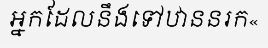
អ្នកដែលនឹងទៅឋាននរក«